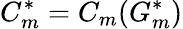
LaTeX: C_{m}^{*}=C_{m}(G_{m}^{*})